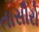
તાસીરો